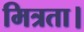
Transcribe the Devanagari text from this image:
मित्रता।